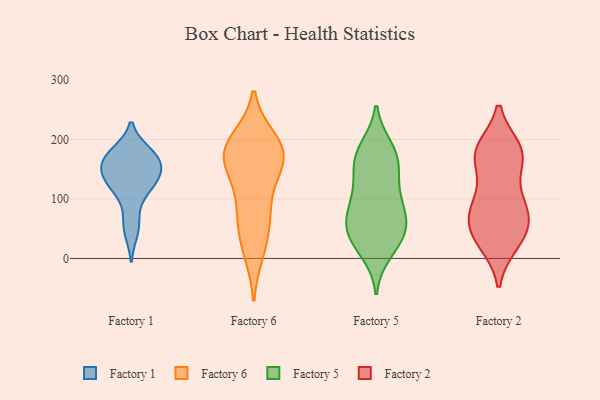
{"axis": {"x": "Demand Index", "y": "Value"}, "legend": ["Factory 1", "Factory 2", "Factory 5", "Factory 6"], "data": [{"x": "", "y": 139, "type": "Factory 1"}, {"x": "", "y": 171, "type": "Factory 1"}, {"x": "", "y": 171, "type": "Factory 1"}, {"x": "", "y": 157, "type": "Factory 1"}, {"x": "", "y": 149, "type": "Factory 1"}, {"x": "", "y": 128, "type": "Factory 1"}, {"x": "", "y": 175, "type": "Factory 1"}, {"x": "", "y": 140, "type": "Factory 1"}, {"x": "", "y": 178, "type": "Factory 1"}, {"x": "", "y": 120, "type": "Factory 1"}, {"x": "", "y": 109, "type": "Factory 1"}, {"x": "", "y": 63, "type": "Factory 1"}, {"x": "", "y": 45, "type": "Factory 1"}, {"x": "", "y": 171, "type": "Factory 6"}, {"x": "", "y": 11, "type": "Factory 6"}, {"x": "", "y": 175, "type": "Factory 6"}, {"x": "", "y": 82, "type": "Factory 6"}, {"x": "", "y": 168, "type": "Factory 6"}, {"x": "", "y": 64, "type": "Factory 6"}, {"x": "", "y": 150, "type": "Factory 6"}, {"x": "", "y": 74, "type": "Factory 6"}, {"x": "", "y": 128, "type": "Factory 6"}, {"x": "", "y": 171, "type": "Factory 6"}, {"x": "", "y": 188, "type": "Factory 6"}, {"x": "", "y": 196, "type": "Factory 6"}, {"x": "", "y": 22, "type": "Factory 6"}, {"x": "", "y": 199, "type": "Factory 6"}, {"x": "", "y": 48, "type": "Factory 5"}, {"x": "", "y": 95, "type": "Factory 5"}, {"x": "", "y": 10, "type": "Factory 5"}, {"x": "", "y": 42, "type": "Factory 5"}, {"x": "", "y": 36, "type": "Factory 5"}, {"x": "", "y": 52, "type": "Factory 5"}, {"x": "", "y": 157, "type": "Factory 5"}, {"x": "", "y": 106, "type": "Factory 5"}, {"x": "", "y": 183, "type": "Factory 5"}, {"x": "", "y": 73, "type": "Factory 5"}, {"x": "", "y": 19, "type": "Factory 5"}, {"x": "", "y": 112, "type": "Factory 5"}, {"x": "", "y": 158, "type": "Factory 5"}, {"x": "", "y": 175, "type": "Factory 5"}, {"x": "", "y": 79, "type": "Factory 5"}, {"x": "", "y": 146, "type": "Factory 5"}, {"x": "", "y": 58, "type": "Factory 5"}, {"x": "", "y": 186, "type": "Factory 5"}, {"x": "", "y": 35, "type": "Factory 2"}, {"x": "", "y": 75, "type": "Factory 2"}, {"x": "", "y": 26, "type": "Factory 2"}, {"x": "", "y": 77, "type": "Factory 2"}, {"x": "", "y": 55, "type": "Factory 2"}, {"x": "", "y": 99, "type": "Factory 2"}, {"x": "", "y": 177, "type": "Factory 2"}, {"x": "", "y": 176, "type": "Factory 2"}, {"x": "", "y": 161, "type": "Factory 2"}, {"x": "", "y": 50, "type": "Factory 2"}, {"x": "", "y": 183, "type": "Factory 2"}, {"x": "", "y": 103, "type": "Factory 2"}, {"x": "", "y": 28, "type": "Factory 2"}, {"x": "", "y": 182, "type": "Factory 2"}, {"x": "", "y": 82, "type": "Factory 2"}, {"x": "", "y": 174, "type": "Factory 2"}]}